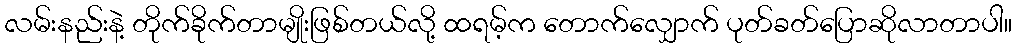
လမ်းနည်းနဲ့ တိုက်ခိုက်တာမျိုးဖြစ်တယ်လို့ ထရမ့်က တောက်လျှောက် ပုတ်ခတ်ပြောဆိုလာတာပါ။